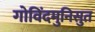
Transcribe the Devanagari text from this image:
गोविंदमुनिसुत